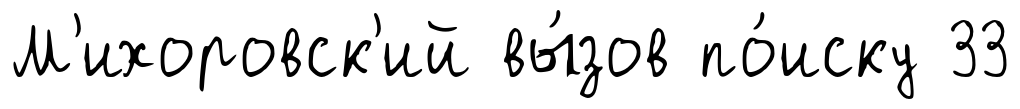
М'ихоровск'ий вы́зов по́иску 33